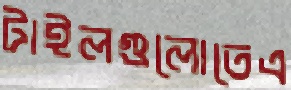
টাইলগুলোতেএ